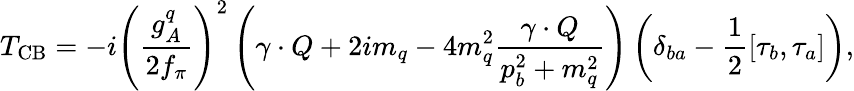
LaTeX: T_{\mathrm{CB}}=-i\left(\frac{g_{A}^{q}}{2f_{\pi}}\right)^{2}\left(\gamma\cdot Q+2im_{q}-4m_{q}^{2}\frac{\gamma\cdot Q}{p_{b}^{2}+m_{q}^{2}}\right)\left(\delta_{ba}-\frac{1}{2}\left[\tau_{b},\tau_{a}\right]\right),